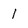
Character: I